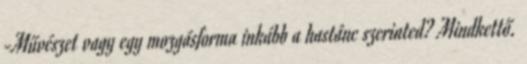
-Művészet vagy egy mozgásforma inkább a hastánc szerinted? Mindkettő.